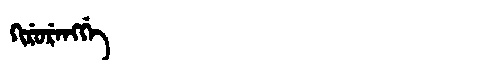
Manchu: ᡴᡳᡵᡠᡵᡝᠩᡤᡝ
Romanization: KIRURENGGE